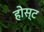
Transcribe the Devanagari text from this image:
होस्‍ट